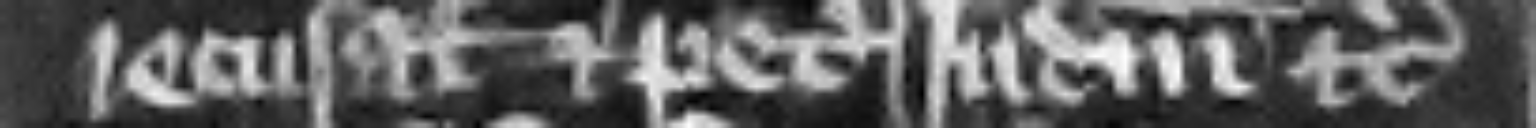
recusat et petit judicium etc.